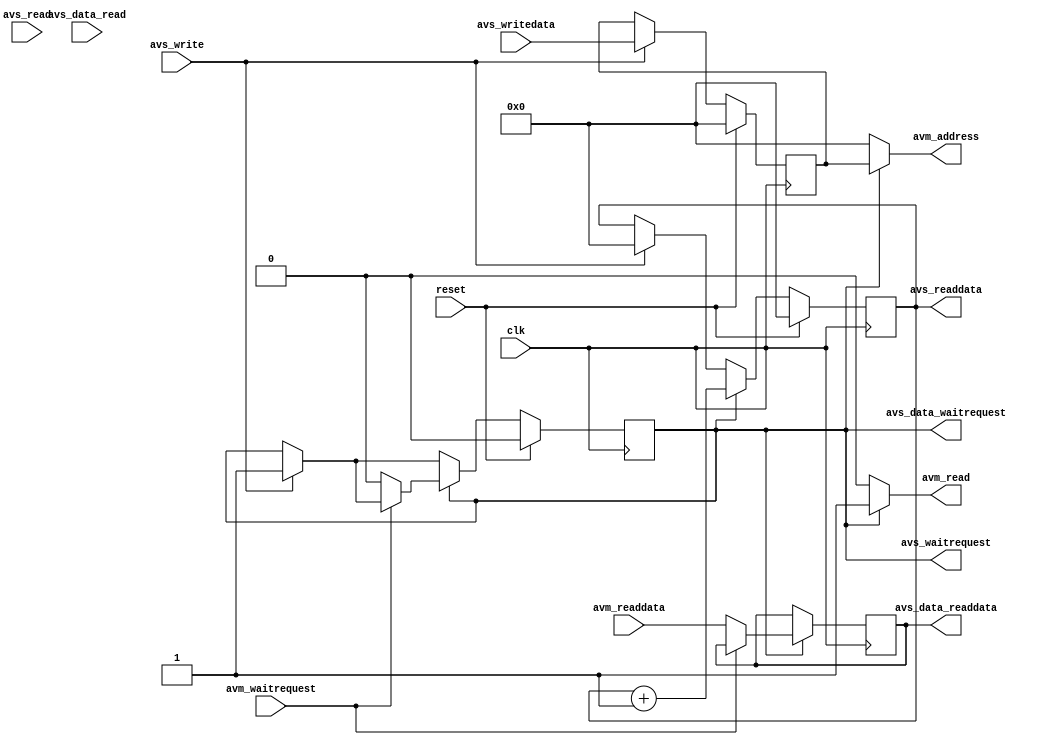
`timescale 10 ns / 10 ns

module LatencyTester #(parameter 
		ADDRESS_WIDTH = 32,
		DATA_WIDTH = 16
	)(
		input wire avs_write,
		input wire [31:0] avs_writedata,
		input wire avs_read,
		output wire [31:0] avs_readdata,
		output wire avs_waitrequest,

		input wire avs_data_read,
		output wire [DATA_WIDTH-1:00] avs_data_readdata,
		output wire avs_data_waitrequest,

		output reg [ADDRESS_WIDTH-1:0] avm_address,
		output reg avm_read,
		input wire [DATA_WIDTH-1:0] avm_readdata,
		input wire avm_waitrequest,

		input wire clk,
		input wire reset

	);

reg [31:0] counter;
reg working;

reg [31:0] address;

reg [DATA_WIDTH-1:0] readData;

assign avs_waitrequest = working;
assign avs_data_waitrequest = working;

assign avs_readdata = counter;
assign avs_data_readdata = readData;

always @*
begin
	avm_address = 0;
	avm_read = 1'b0;

	if(working)
	begin
		avm_address = address;
		avm_read = 1'b1;
	end
end

always @(posedge clk)
begin
	if(avs_write)
	begin
		counter <= 0;
		address <= avs_writedata;
		working <= 1'b1;
	end

	if(working)
	begin
		counter <= counter + 1;

		if(!avm_waitrequest)
		begin
			working <= 1'b0;
			readData <= avm_readdata;
		end
	end

	if(reset)
	begin
		address <= 0;
		counter <= 0;
		working <= 1'b0;
	end
end

endmodule